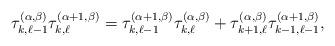
LaTeX: \begin{gather*}\tau_{k, \ell - 1}^{( \alpha,\beta)}\tau_{k, \ell}^{( \alpha + 1,\beta)}= \tau_{k, \ell - 1}^{ (\alpha + 1,\beta)} \tau_{k, \ell}^{ (\alpha,\beta)}+\tau_{k + 1, \ell}^{(\alpha,\beta)}\tau_{k - 1, \ell - 1}^{(\alpha + 1,\beta)},\end{gather*}